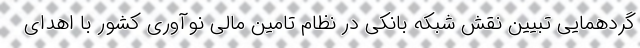
گردهمایی تبیین نقش شبکه بانکی در نظام تامین مالی نوآوری کشور با اهدای